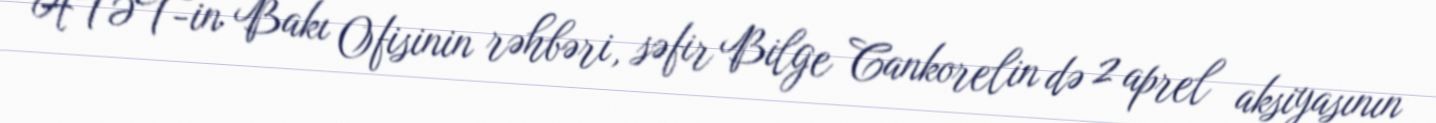
ATƏT-in Bakı Ofisinin rəhbəri, səfir Bilge Cankorelin də 2 aprel aksiyasının